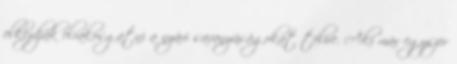
elkezdjük elrakosgatni a nyári savanyúságokat télire. Aki már egyszer